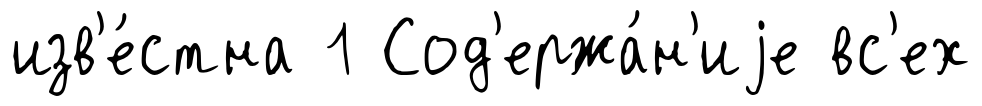
изв'е́стна 1 Сод'ержа́н'иjе вс'ех